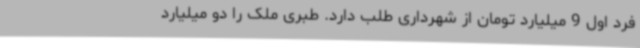
فرد اول 9 میلیارد تومان از شهرداری طلب دارد. طبری ملک را دو میلیارد